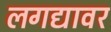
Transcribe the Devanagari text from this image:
लगद्यावर